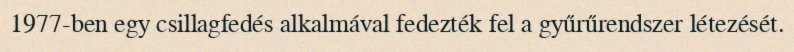
1977-ben egy csillagfedés alkalmával fedezték fel a gyűrűrendszer létezését.